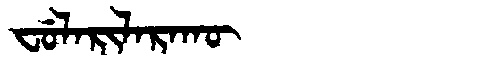
Manchu: ᠸᡠᠯᠠᡵᡳᠯᠠᡵᠠᡴᡡ
Romanization: FULARILARAKŪ